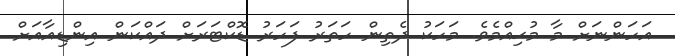
އަހަންނަށް މާ މުޙިއްމެވެ. މަހަކު ދެތިން ހަތަރު ފަހަރު ޑޮކްޓަރަށް ދައްކަން އިންޑިއާއަށް